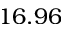
1 6 . 9 6